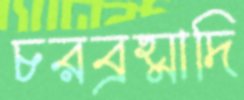
চরব্রহ্মাদি